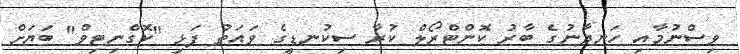
ވިސްނުމާއި ހަނދާނުގެ ބާރު ކޮންޓްރޯލް ކުރާ ސިކުނޑީގެ ވައަތު ފަޅި "ކޮގްނިޓިވް" ބަޔަށް